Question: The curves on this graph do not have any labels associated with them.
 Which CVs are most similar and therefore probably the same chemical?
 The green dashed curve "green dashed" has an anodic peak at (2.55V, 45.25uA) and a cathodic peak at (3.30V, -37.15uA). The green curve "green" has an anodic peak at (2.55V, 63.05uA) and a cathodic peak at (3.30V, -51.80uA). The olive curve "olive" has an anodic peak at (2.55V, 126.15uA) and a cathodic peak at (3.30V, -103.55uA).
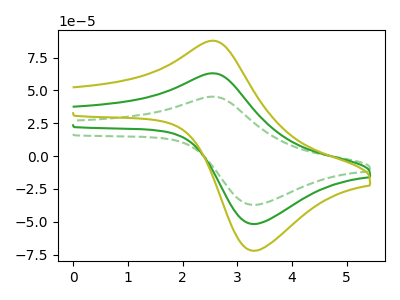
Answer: <think>All the peaks in "green dashed" have a peak in "green" at the same potential. Every peak in "green dashed" is lower than every peak in "green". All the peaks in "green dashed" have a peak in "olive" at the same potential. Every peak in "green dashed" is lower than every peak in "olive". All the peaks in "green" have a peak in "olive" at the same potential. Every peak in "green" is lower than every peak in "olive".
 </think>
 <answer>"green dashed", "green" and "olive" have the same shape and are likely CV's of the same chemical.</answer>
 <eval>"green dashed" "green" "olive"</eval>